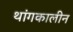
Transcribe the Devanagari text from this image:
थांगकालीन